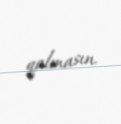
qalmasın.